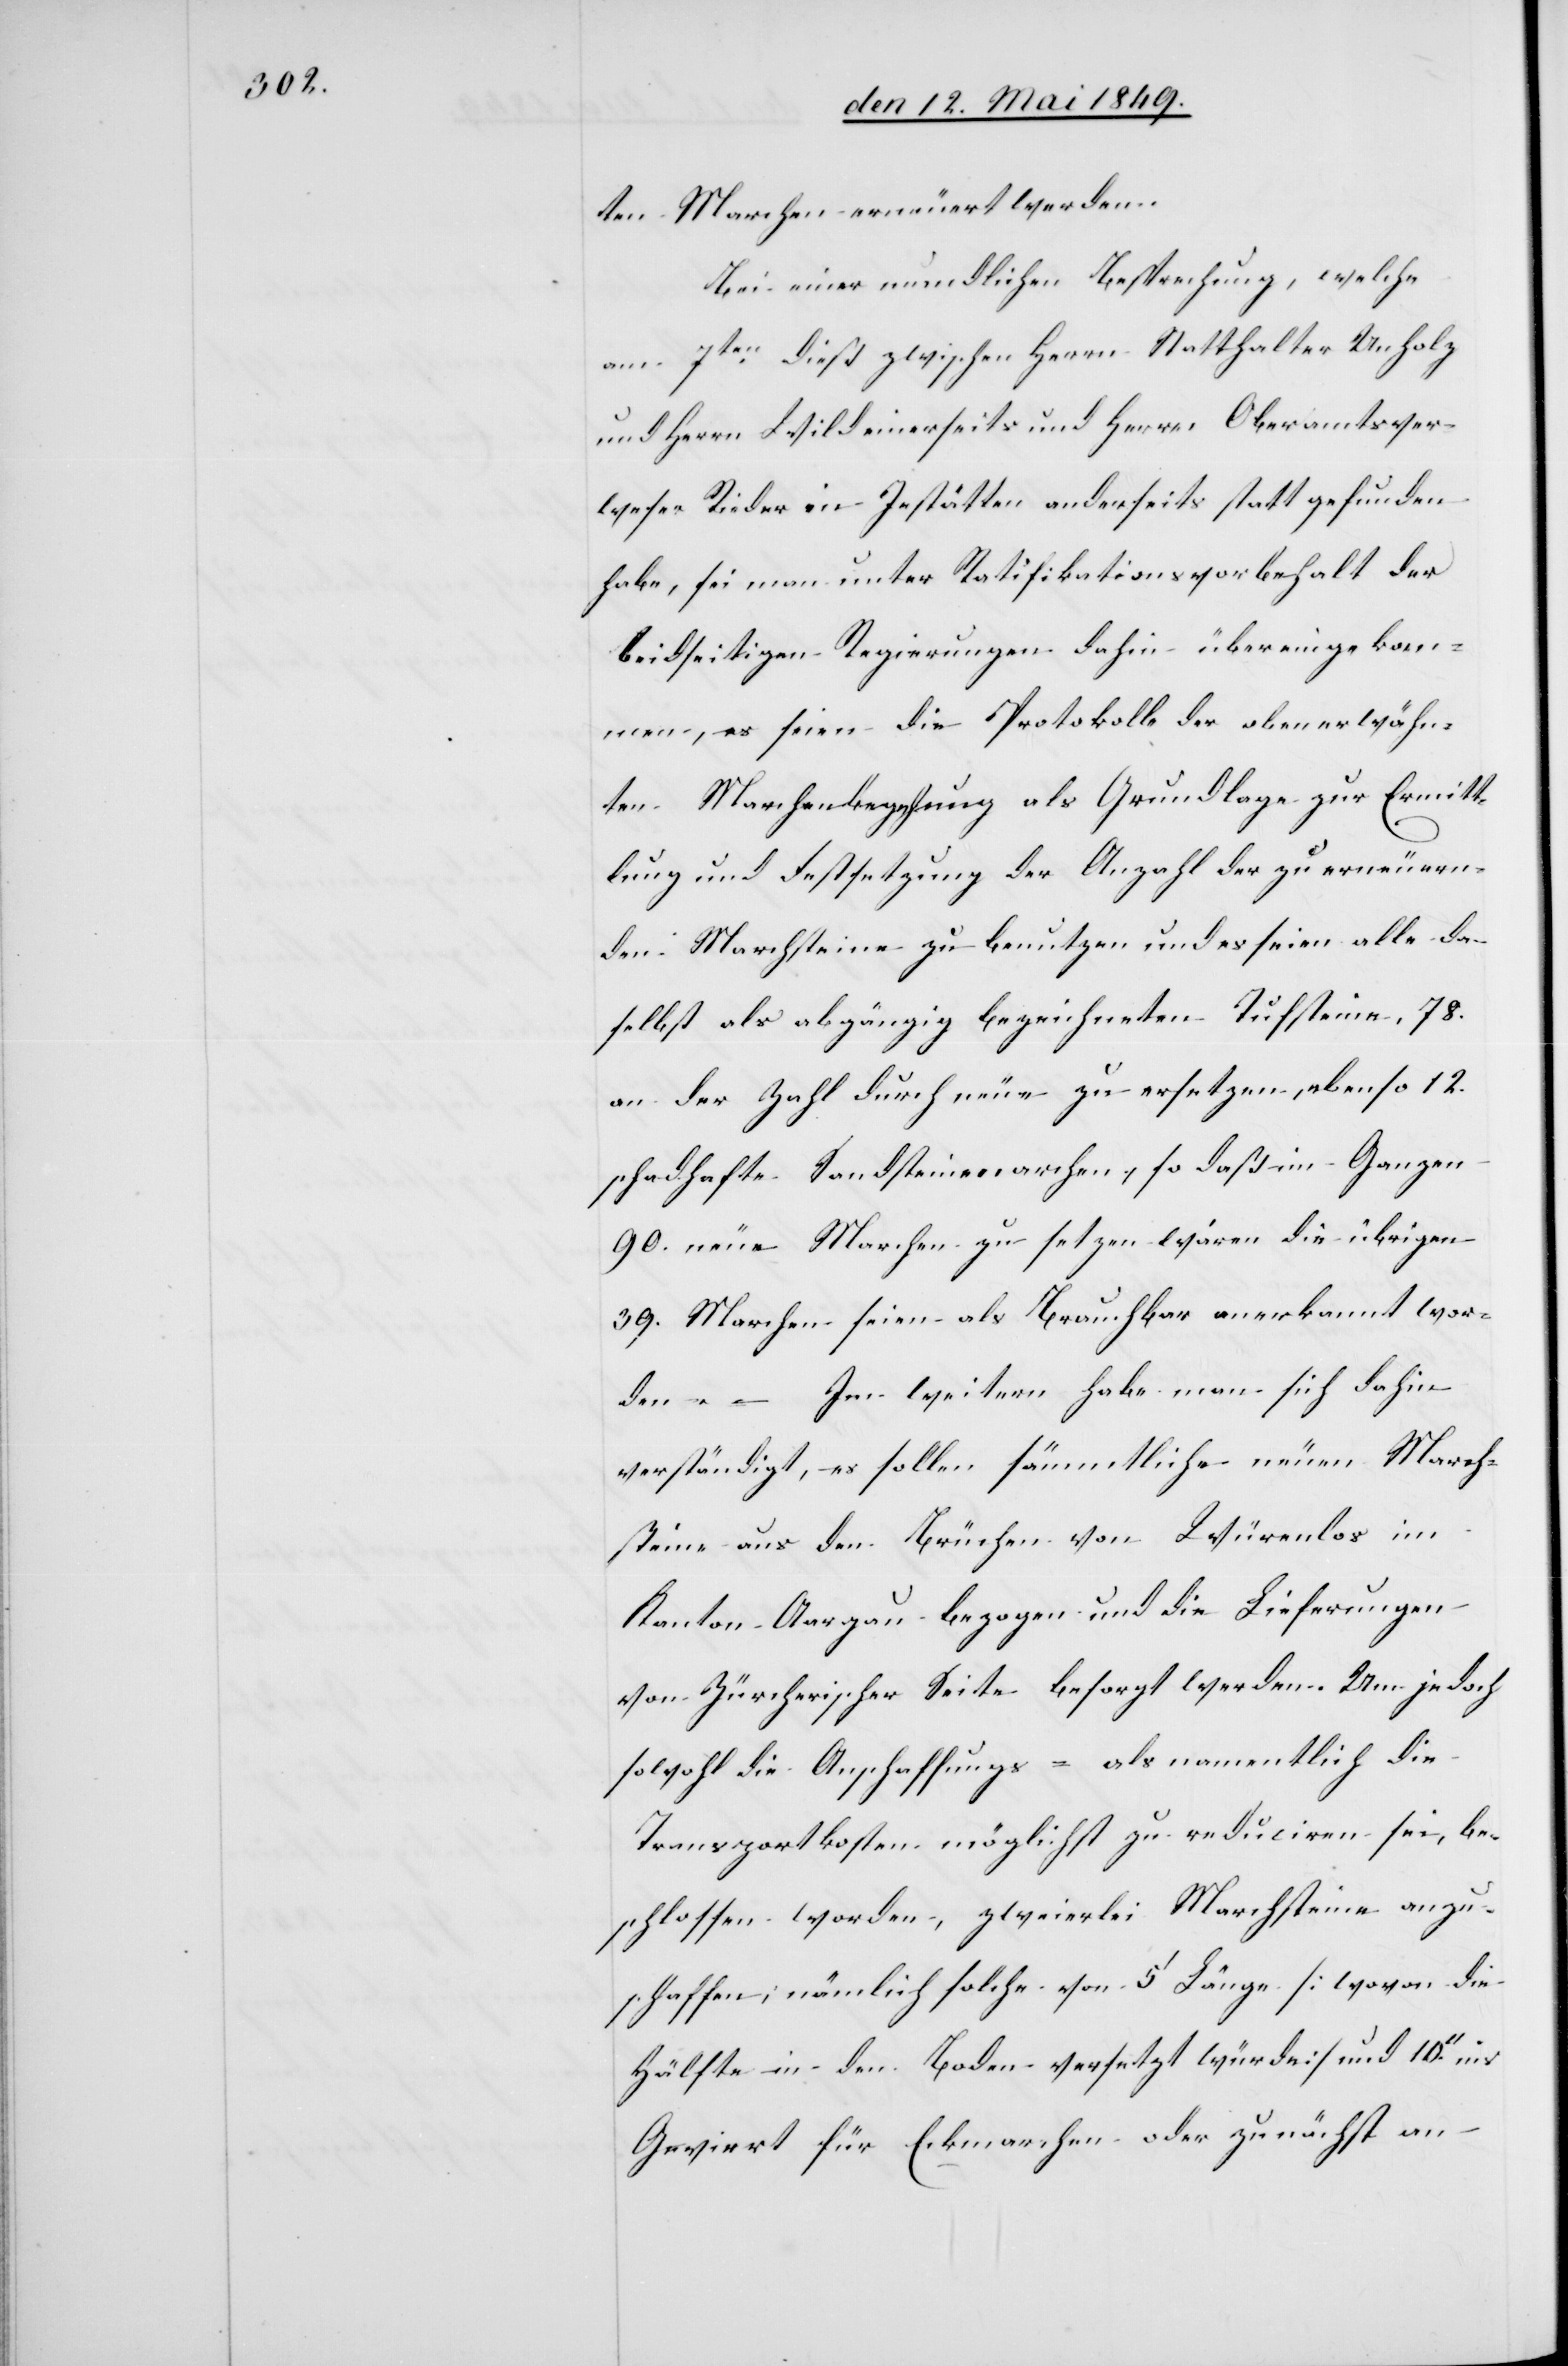
ten Marchen erneuert werden.
Bei einer mundlichen Besprechung, welche
am 7ten dieß zwischen Herrn Statthalter Unholz
und Herrn Wild einerseits und Herrn Oberamtsver¬
weser Rieder in Jestätten anderseits statt gefunden
habe, sei man unter Ratifikationsvorbehalt der
beidseitigen Regierungen dahin übereingekom¬
men, es seien die Protokolle der obenerwähn¬
ten Marchenbegehung als Grundlage zur Ermitt¬
lung und Festsetzung der Anzahl der zu erneuern¬
den Marchsteine zu benutzen und es seien alle da¬
selbst als abgängig bezeichneten Tufsteine, 78.
an der Zahl durch neue zu ersetzen, ebenso 12.
schadhafte Sandsteinmarchen, so daß im Ganzen
90. neue Marchen zu setzen wären die übrigen
39. Marchen seien als brauchbar anerkannt wor¬
Im weitern habe man sich dahin
den. –
verständigt, es sollen sämmtliche neuen March¬
steine aus den Brüchen von Würenlos im
Kanton Aargau bezogen und die Lieferungen
von Zürcherischer Seite besorgt werden. Um jedoch
sowohl die Anschaffungs- als namentlich die
Transportkosten möglichst zu reduciren sei, be¬
schlossen worden, zweierlei Marchsteine anzu¬
schaffen; nämlich solche von 5‘ Länge [wovon die
Hälfte in den Boden versetzt würde] und 10‘‘ ins
Geviert für Eckmarchen oder zunächst an